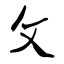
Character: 攵